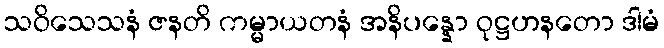
သဝိသေသနံ ဇနတိ ကမ္မာယတနံ အနိပန္နော ဝုဋ္ဌဟနတော ဒါမံ